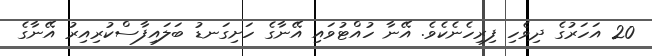
20 އަހަރުގެ ދިވެހި ފިރިހެނެކެވެ. އޭނާ ހުއްޓުވައި އޭނާގެ ހަށިގަނޑު ބަލައިފާސްކުރިއިރު އޭނާގެ